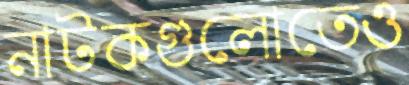
নাটকগুলোতেও